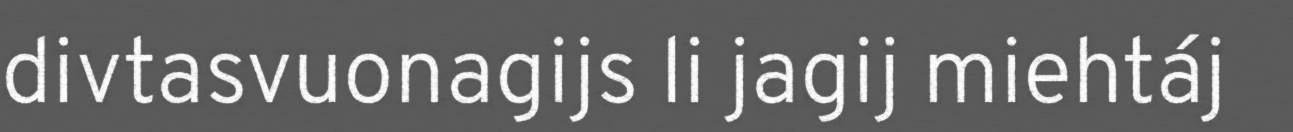
divtasvuonagijs li jagij miehtáj